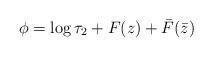
LaTeX: \begin{align*}\phi=\log \tau_2 + F(z) +\bar{F}(\bar{z})\end{align*}